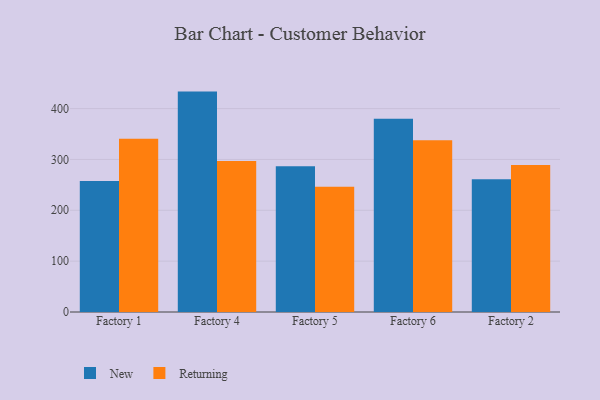
{"axis": {"x": "Factory", "y": "Demand Index"}, "legend": ["New", "Returning"], "data": [{"x": "Factory 1", "y": 257.5, "type": "New"}, {"x": "Factory 1", "y": 340.8, "type": "Returning"}, {"x": "Factory 4", "y": 433.4, "type": "New"}, {"x": "Factory 4", "y": 297.0, "type": "Returning"}, {"x": "Factory 5", "y": 286.4, "type": "New"}, {"x": "Factory 5", "y": 246.3, "type": "Returning"}, {"x": "Factory 6", "y": 380.1, "type": "New"}, {"x": "Factory 6", "y": 337.7, "type": "Returning"}, {"x": "Factory 2", "y": 260.9, "type": "New"}, {"x": "Factory 2", "y": 289.1, "type": "Returning"}]}